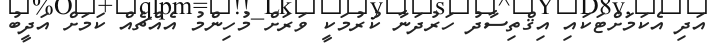
އަދި އެކަމަށްޓަކައި އިޤްތިސާދު ހަރުދަނާ ކުރުމަކީ ވަރަށް މުހިންމު އެއްޗެއް ކަމަށް އަދީބު